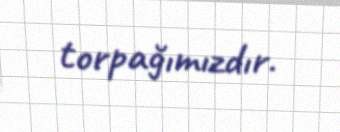
torpağımızdır.